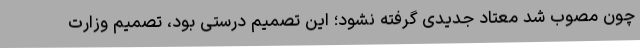
چون مصوب شد معتاد جدیدی گرفته نشود؛ این تصمیم درستی بود، تصمیم وزارت